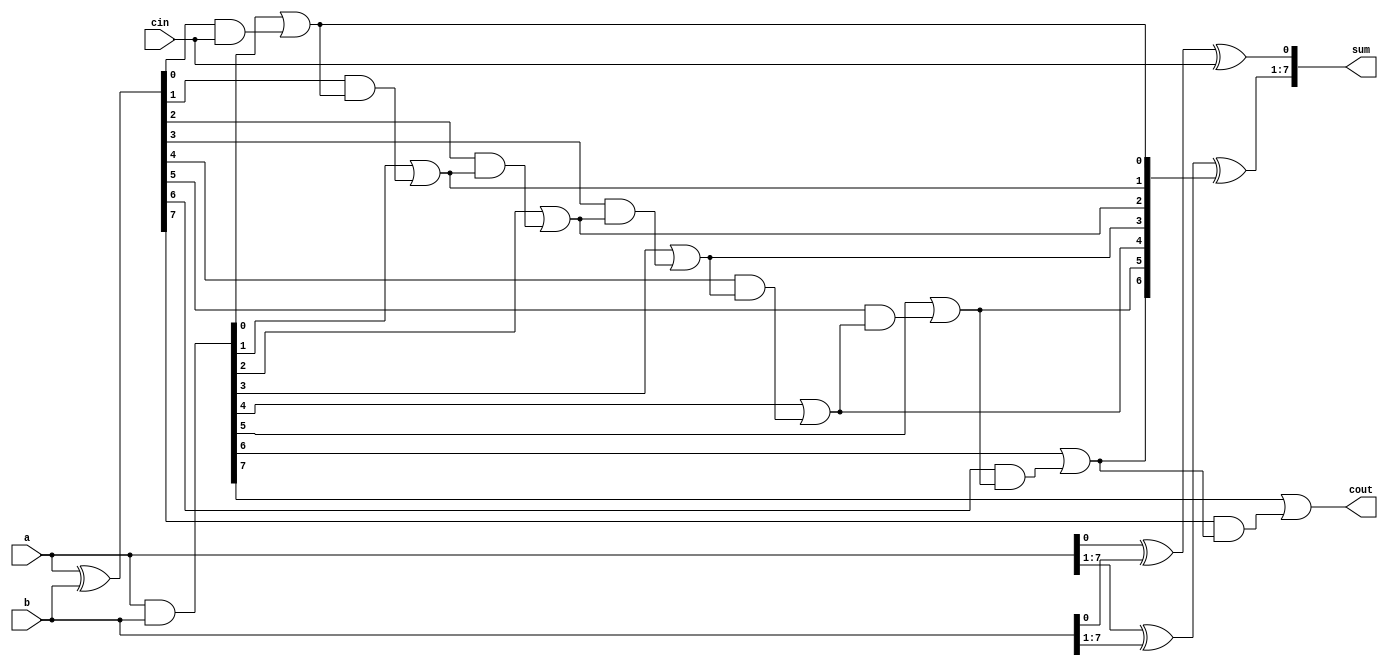
module Carry_lookahead_adder_8bit(a,b,cin,sum,cout);
	input [7:0] a,b;
	input cin;
	output [7:0] sum;
	output cout;
	wire [7:0] c,p,g;
	
	assign g=a&b;
	assign p=a^b;
	assign c[0]=g[0]|(p[0]&cin);
	assign c[1]=g[1]|(p[1]&c[0]);
	assign c[2]=g[2]|(p[2]&c[1]);
	assign c[3]=g[3]|(p[3]&c[2]);

	assign c[4]=g[4]|(p[4]&c[3]);
	assign c[5]=g[5]|(p[5]&c[4]);
	assign c[6]=g[6]|(p[6]&c[5]);
	assign c[7]=g[7]|(p[7]&c[6]);

	assign cout=c[7];
	
	assign sum[0]=a[0]^b[0]^cin;
	assign sum[7:1]=a[7:1]^b[7:1]^c[6:0];
endmodule